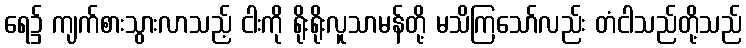
ရေ၌ ကျက်စားသွားလာသည့် ငါးကို ရိုးရိုးလူသာမန်တို့ မသိကြသော်လည်း တံငါသည်တို့သည်